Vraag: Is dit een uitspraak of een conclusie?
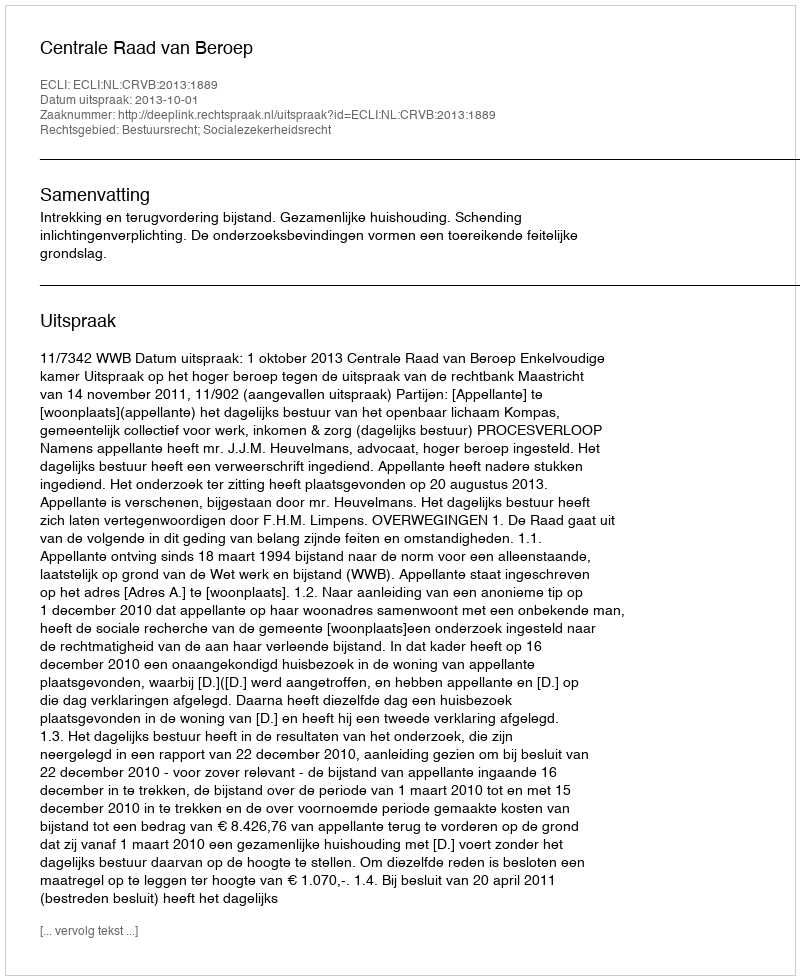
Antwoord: Uitspraak